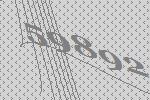
59892